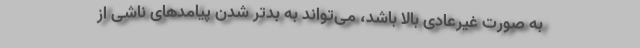
به صورت غیرعادی بالا باشد، می‌تواند به بدتر شدن پیامدهای ناشی از